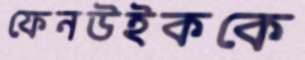
ফেনউইককে